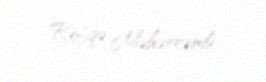
Rəfiqə Məhərrəmli